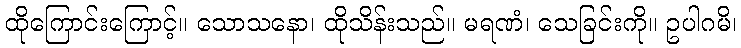
ထိုကြောင်းကြောင့်။ သောသနော၊ ထိုသိန်းသည်။ မရဏံ၊ သေခြင်းကို။ ဥပါဂမိ၊